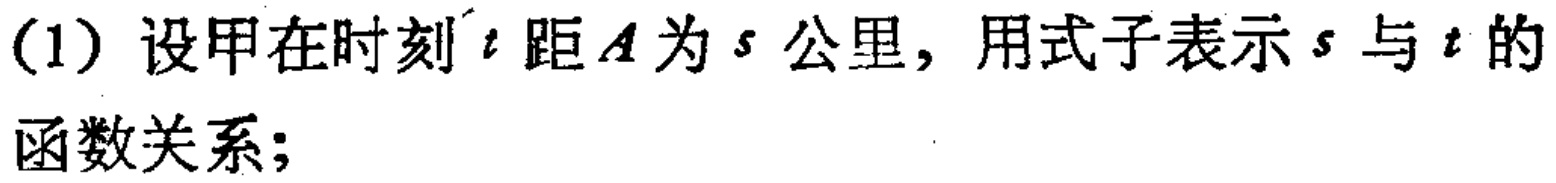
(1) 设甲在时刻\(t\)距\(A\)为\(s\)公里，用式子表示\(s\)与\(t\)的函数关系；